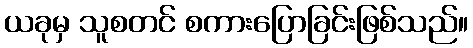
ယခုမှ သူစတင် စကားပြောခြင်းဖြစ်သည်။